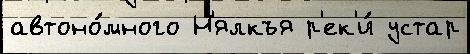
автоно́много Н'ялкъя р'ек'и́ устар